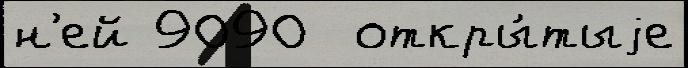
н'ей 9090  откры́тыjе